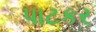
પાટકર